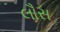
લૌસ